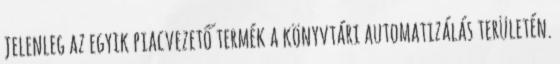
jelenleg az egyik piacvezető termék a könyvtári automatizálás területén.